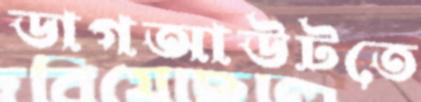
ডাগআউটতে